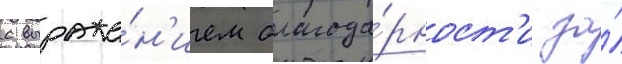
с выраже́н'ием благода́рност'и за́